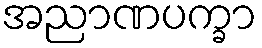
အညာဏပက္ခာ